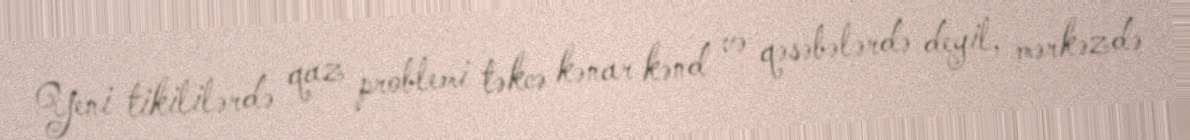
Yeni tikililərdə qaz problemi təkcə kənar kənd və qəsəbələrdə deyil, mərkəzdə